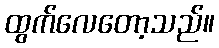
ထွက်လေတော့သည်။